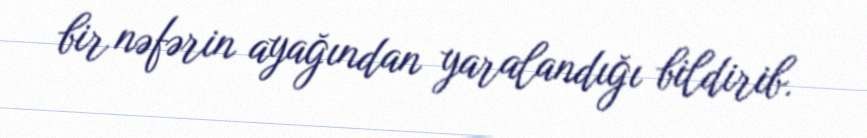
bir nəfərin ayağından yaralandığı bildirib.